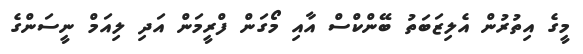
މީގެ އިތުރުން އެލިޒަބަތު ބޭންކްސް އާއި މޯގަން ފްރީމަން އަދި ލިއަމް ނީސަންގެ